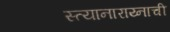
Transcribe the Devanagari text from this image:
स्त्यानाराय्नाची